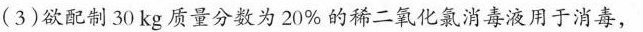
(3)欲配制30kg质量分数为20%的稀二氧化氯消毒液用于消毒，